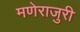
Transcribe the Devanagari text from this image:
मणेराजुरी